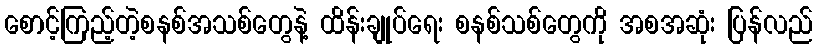
စောင့်ကြည့်တဲ့စနစ်အသစ်တွေနဲ့ ထိန်းချုပ်ရေး စနစ်သစ်တွေကို အစအဆုံး ပြန်လည်